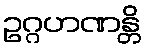
ဥဂ္ဂဟဏန္တိ